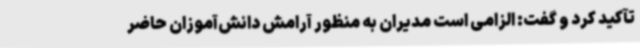
تآکید کرد و گفت: الزامی است مدیران به منظور آرامش دانش‌آموزان حاضر